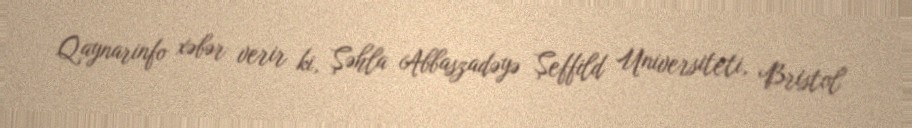
Qaynarinfo xəbər verir ki, Şəhla Abbaszadəyə Şeffild Universiteti, Bristol